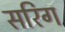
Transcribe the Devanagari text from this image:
सरिग